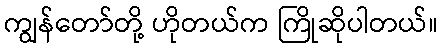
ကျွန်တော်တို့ ဟိုတယ်က ကြိုဆိုပါတယ်။